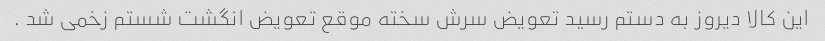
این کالا دیروز به دستم رسید تعویض سرش سخته موقع تعویض انگشت شستم زخمی شد .